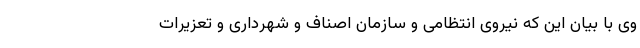
وی با بیان این که نیروی انتظامی و سازمان اصناف و شهرداری و تعزیرات